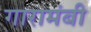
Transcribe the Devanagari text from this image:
गारामंबी